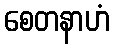
စေတနာဟံ